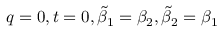
q = 0 , t = 0 , \tilde { \beta } _ { 1 } = \beta _ { 2 } , \tilde { \beta } _ { 2 } = \beta _ { 1 }